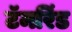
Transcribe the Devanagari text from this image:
टॅमरिंड